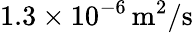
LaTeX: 1.3\times 10^{-6}\, \mathrm{m^{2}/s}